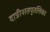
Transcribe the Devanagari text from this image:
दात्रीशतपुतलिका